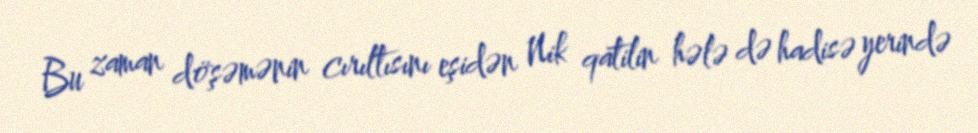
Bu zaman döşəmənin cırıltısını eşidən Nik qatilin hələ də hadisə yerində